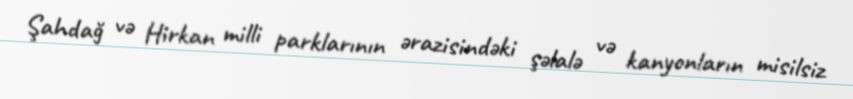
Şahdağ və Hirkan milli parklarının ərazisindəki şəlalə və kanyonların misilsiz